Indian journal of veterinary science and animal husbandry - Volume 11,
Year: 1941
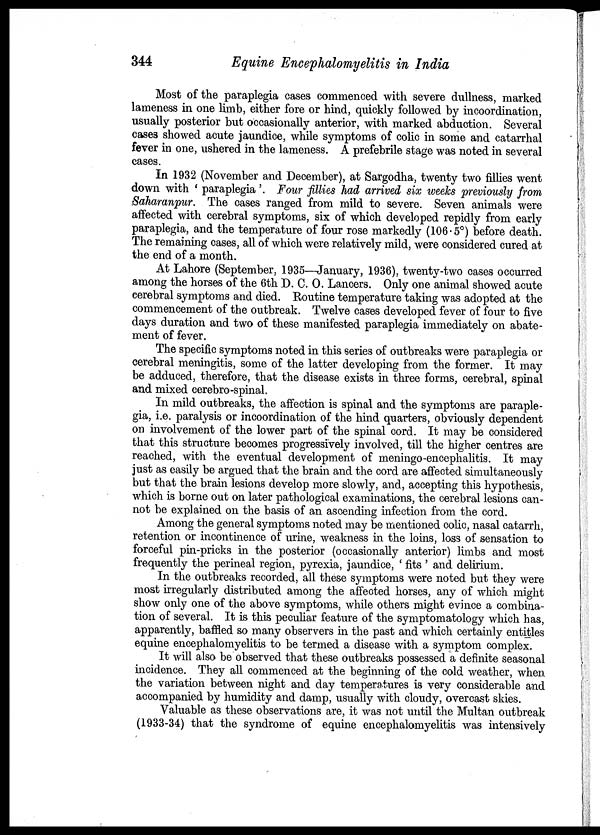
344
Equine Encephalomyelitis in India
Most of the paraplegia cases commenced with severe dullness, marked
lameness in one limb, either fore or hind, quickly followed by incoordination,
usually posterior but occasionally anterior, with marked abduction. Several
cases showed acute jaundice, while symptoms of colic in some and catarrhal
fever in one, ushered in the lameness. A prefebrile stage was noted in several
cases.
In 1932 (November and December), at Sargodha, twenty two fillies went
down with ' paraplegia'. Four fillies had arrived six weeks previously from
Saharanpur. The cases ranged from mild to severe. Seven animals were
affected with cerebral symptoms, six of which developed repidly from early
paraplegia, and the temperature of four rose markedly (106.5°) before death.
The remaining cases, all of which were relatively mild, were considered cured at
the end of a month.
At Lahore (September, 1935—January, 1936), twenty-two cases occurred
among the horses of the 6th D. C. O. Lancers. Only one animal showed acute
cerebral symptoms and died. Routine temperature taking was adopted at the
commencement of the outbreak. Twelve cases developed fever of four to five
days duration and two of these manifested paraplegia immediately on abate-
ment of fever.
The specific symptoms noted in this series of outbreaks were paraplegia or
cerebral meningitis, some of the latter developing from the former. It may
be adduced, therefore, that the disease exists in three forms, cerebral, spinal
and mixed cerebro-spinal.
In mild outbreaks, the affection is spinal and the symptoms are paraple-
gia, i.e. paralysis or incoordination of the hind quarters, obviously dependent
on involvement of the lower part of the spinal cord. It may be considered
that this structure becomes progressively involved, till the higher centres are
reached, with the eventual development of meningo-encephalitis. It may
just as easily be argued that the brain and the cord are affected simultaneously
but that the brain lesions develop more slowly, and, accepting this hypothesis,
which is borne out on later pathological examinations, the cerebral lesions can-
not be explained on the basis of an ascending infection from the cord.
Among the general symptoms noted may be mentioned colic, nasal catarrh,
retention or incontinence of urine, weakness in the loins, loss of sensation to
forceful pin-pricks in the posterior (occasionally anterior) limbs and most
frequently the perineal region, pyrexia, jaundice, ' fits ' and delirium.
In the outbreaks recorded, all these symptoms were noted but they were
most irregularly distributed among the affected horses, any of which might
show only one of the above symptoms, while others might evince a combina-
tion of several. It is this peculiar feature of the symptomatology which has,
apparently, baffled so many observers in the past and which certainly entitles
equine encephalomyelitis to be termed a disease with a symptom complex.
It will also be observed that these outbreaks possessed a definite seasonal
incidence. They all commenced at the beginning of the cold weather, when
the variation between night and day temperatures is very considerable and
accompanied by humidity and damp, usually with cloudy, overcast skies.
Valuable as these observations are, it was not until the Multan outbreak
(1933-34) that the syndrome of equine encephalomyelitis was intensively